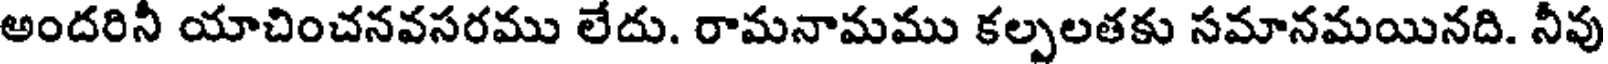
అందరిని యాచించనవసరము లేదు. రామనామము కల్పలతకు సమానమయినది. నీవు